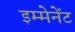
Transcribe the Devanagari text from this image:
इम्मेनेंट